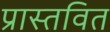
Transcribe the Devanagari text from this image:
प्रास्तवित